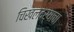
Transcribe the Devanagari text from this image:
चिखलदर्‍याचा